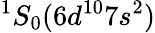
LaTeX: ^1S_{0}(6d^{10}7s^{2})